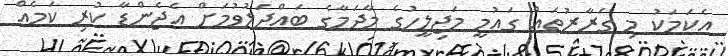
އެކަމަކު މި ގަރާރުތައް ގައުމީ މަޖިލީހުގެ މާދަމާގެ ބައްދަލުވުމަށް އެޖެންޑާ ކުރި ކަމެއް